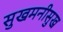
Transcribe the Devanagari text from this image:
सुखमनीसुख